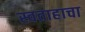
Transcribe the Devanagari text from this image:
स्वताहाचा